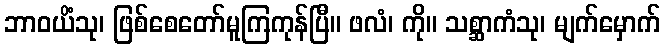
ဘာဝယိံသု၊ ဖြစ်စေတော်မူကြကုန်ပြီ။ ဖလံ၊ ကို။ သစ္ဆာကံသု၊ မျက်မှောက်